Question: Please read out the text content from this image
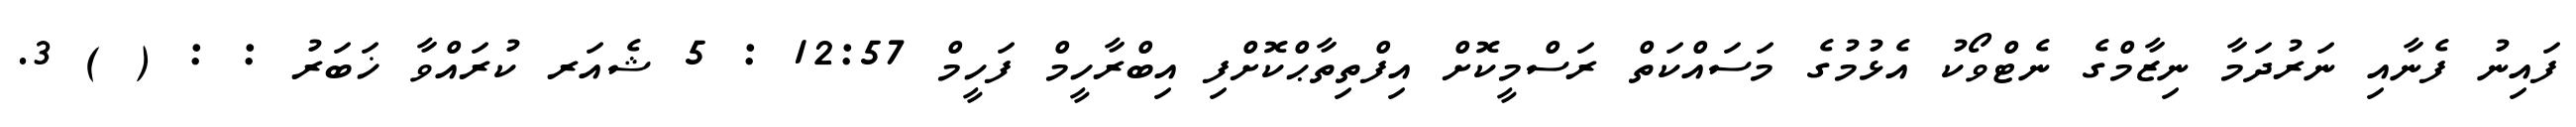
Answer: ފައިނު ފެނާއި ނަރުދަމާ ނިޒާމްގެ ނެޓްވޯކު އެޅުމުގެ މަސައްކަތް ރަސްމީކޮށް އިފްތިތާޙްކޮށްފި އިބްރާހީމް ފަހީމް 12:57 : 5 ޝެއަރ ކުރައްވާ ޚަބަރު : : ( ) 3.